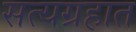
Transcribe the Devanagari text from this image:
सत्यग्रहात